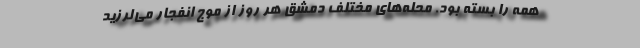
همه را بسته بود. محله‌های مختلف دمشق هر روز از موج انفجار می‌لرزید